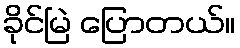
ခိုင်မြဲ ပြောတယ်။